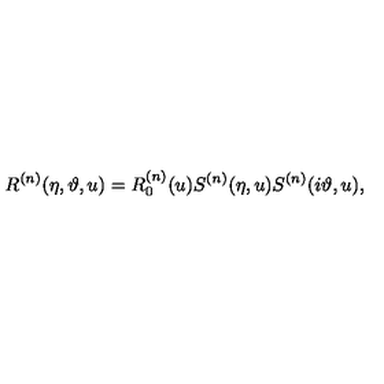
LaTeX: R ^ { ( n ) } ( \eta , \vartheta , u ) = R _ { 0 } ^ { ( n ) } ( u ) S ^ { ( n ) } ( \eta , u ) S ^ { ( n ) } ( i \vartheta , u ) ,